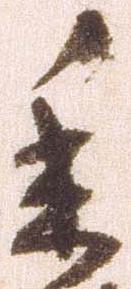
委